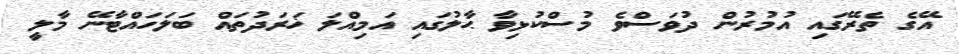
އޭގެ ތެރޭގައި އުމުރުން ދުވަސްވެ މުސްކުޅިވާ ޙާލުގައި އަމިއްލަ ޚަރަދުތައް ބަލަހައްޓާނޭ މާލީ